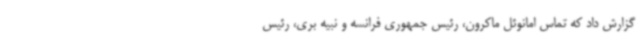
گزارش داد که تماس امانوئل ماکرون، رئیس جمهوری فرانسه و نبیه بری، رئیس